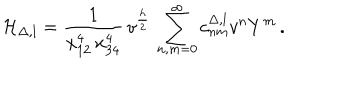
{ \cal H } _ { \Delta , l } = \frac { 1 } { x _ { 1 2 } ^ { 4 } \, x _ { 3 4 } ^ { 4 } } \, v ^ { \frac { h } { 2 } } \, \sum _ { n , m = 0 } ^ { \infty } c _ { n m } ^ { \Delta , l } v ^ { n } Y ^ { m } \, .